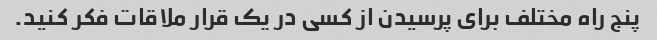
پنج راه مختلف برای پرسیدن از کسی در یک قرار ملاقات فکر کنید.